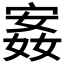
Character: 𫳣